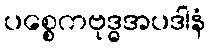
ပစ္စေကဗုဒ္ဓအပဒါနံ